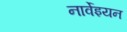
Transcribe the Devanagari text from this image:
नार्वेइयन